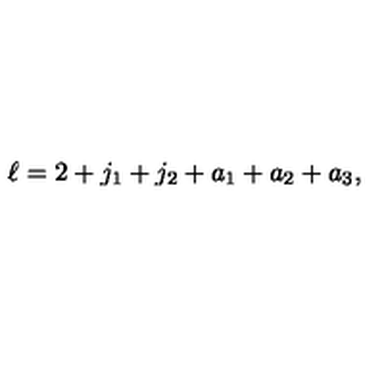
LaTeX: \ell = 2 + j _ { 1 } + j _ { 2 } + a _ { 1 } + a _ { 2 } + a _ { 3 } ,